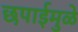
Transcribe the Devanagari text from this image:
छपाईमुळे